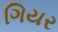
ગિયર